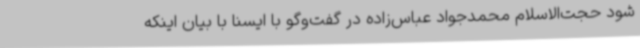
شود حجت‌الاسلام محمدجواد عباس‌زاده در گفت‌وگو با ایسنا با بیان اینکه